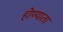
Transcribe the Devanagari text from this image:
होण्याता